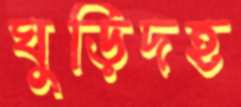
ঘুড়িদহ